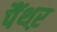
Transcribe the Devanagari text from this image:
पैंथऱ